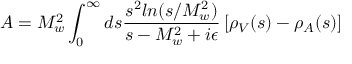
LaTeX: A = M _ { w } ^ { 2 } \int _ { 0 } ^ { \infty } d s { \frac { s ^ { 2 } l n ( s / M _ { w } ^ { 2 } ) } { s - M _ { w } ^ { 2 } + i \epsilon } } \left[ \rho _ { V } ( s ) - \rho _ { A } ( s ) \right]